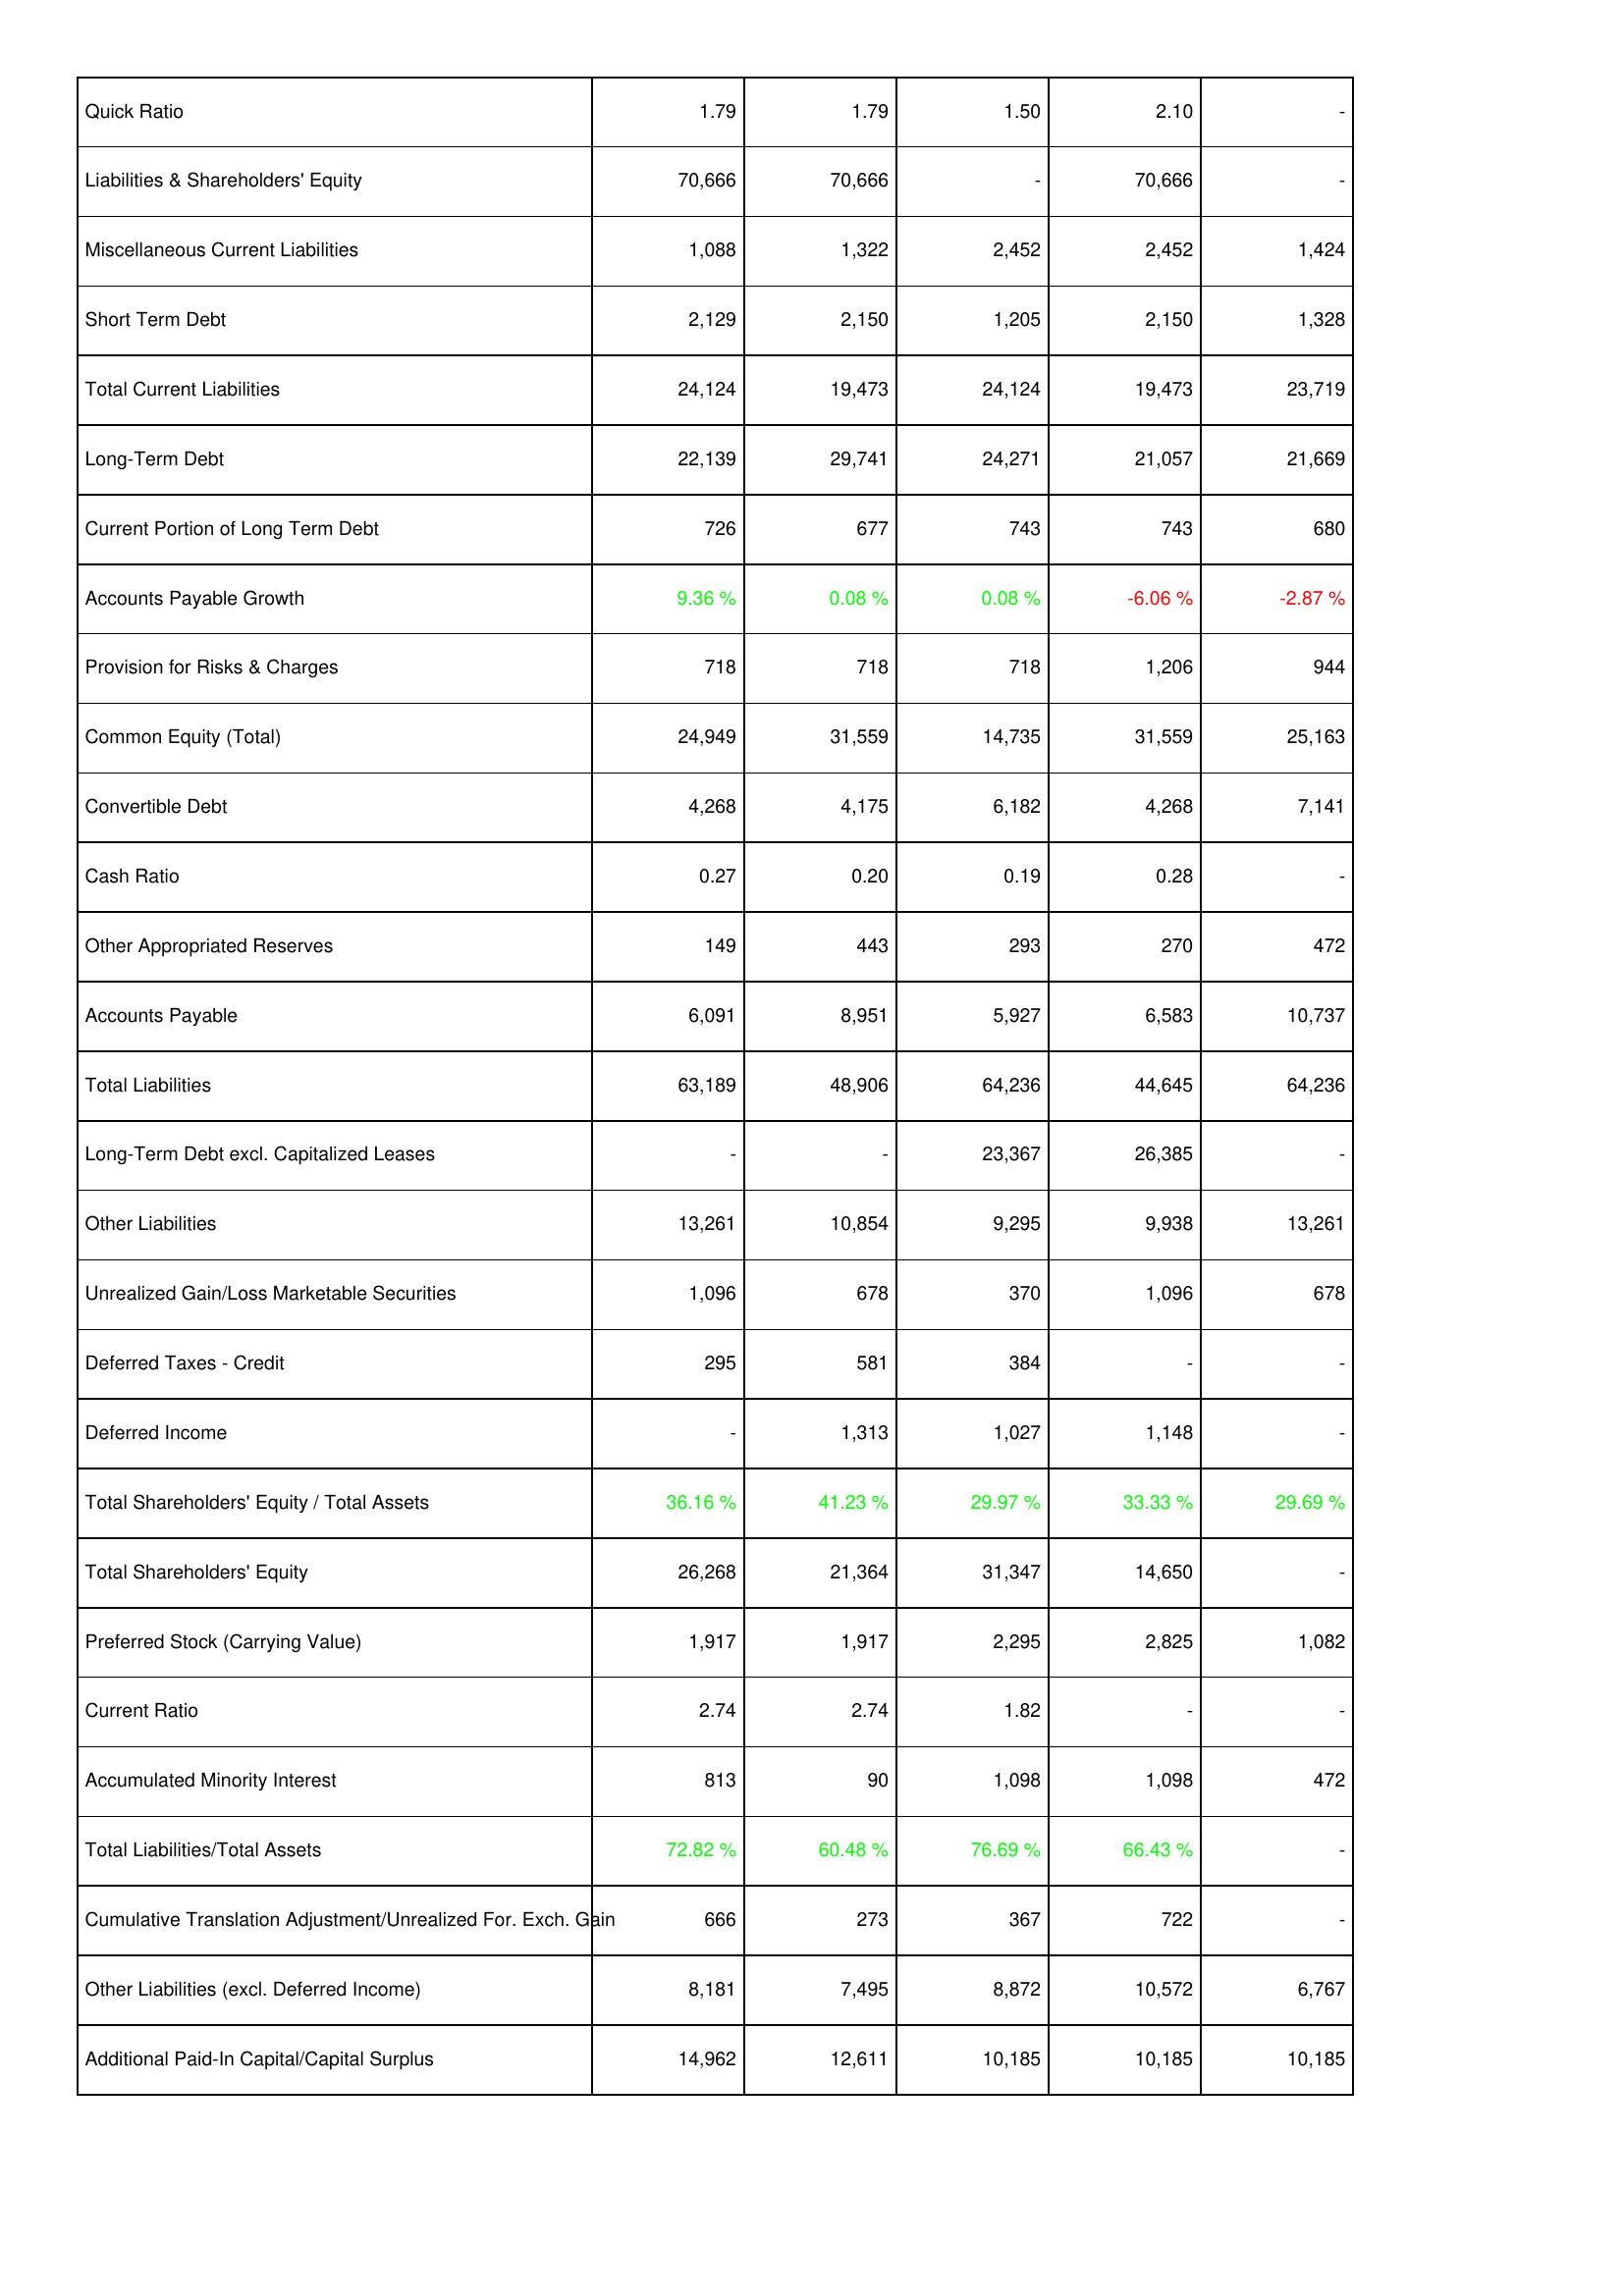
2010: Liabilities & Shareholders' Equity: Quick Ratio: 1.79
Liabilities & Shareholders' Equity: 70,666
Miscellaneous Current Liabilities: 1,088
Short Term Debt: 2,129
Total Current Liabilities: 24,124
Long-Term Debt: 22,139
Current Portion of Long Term Debt: 726
Accounts Payable Growth: 9.36 %
Provision for Risks & Charges: 718
Common Equity (Total): 24,949
Convertible Debt: 4,268
Cash Ratio: 0.27
Other Appropriated Reserves: 149
Accounts Payable: 6,091
Total Liabilities: 63,189
Long-Term Debt excl. Capitalized Leases: -
Other Liabilities: 13,261
Unrealized Gain/Loss Marketable Securities: 1,096
Deferred Taxes - Credit: 295
Deferred Income: -
Total Shareholders' Equity / Total Assets: 36.16 %
Total Shareholders' Equity: 26,268
Preferred Stock (Carrying Value): 1,917
Current Ratio: 2.74
Accumulated Minority Interest: 813
Total Liabilities/Total Assets: 72.82 %
Cumulative Translation Adjustment/Unrealized For. Exch. Gain: 666
Other Liabilities (excl. Deferred Income): 8,181
Additional Paid-In Capital/Capital Surplus: 14,962
2009: Liabilities & Shareholders' Equity: Quick Ratio: 1.79
Liabilities & Shareholders' Equity: 70,666
Miscellaneous Current Liabilities: 1,322
Short Term Debt: 2,150
Total Current Liabilities: 19,473
Long-Term Debt: 29,741
Current Portion of Long Term Debt: 677
Accounts Payable Growth: 0.08 %
Provision for Risks & Charges: 718
Common Equity (Total): 31,559
Convertible Debt: 4,175
Cash Ratio: 0.20
Other Appropriated Reserves: 443
Accounts Payable: 8,951
Total Liabilities: 48,906
Long-Term Debt excl. Capitalized Leases: -
Other Liabilities: 10,854
Unrealized Gain/Loss Marketable Securities: 678
Deferred Taxes - Credit: 581
Deferred Income: 1,313
Total Shareholders' Equity / Total Assets: 41.23 %
Total Shareholders' Equity: 21,364
Preferred Stock (Carrying Value): 1,917
Current Ratio: 2.74
Accumulated Minority Interest: 90
Total Liabilities/Total Assets: 60.48 %
Cumulative Translation Adjustment/Unrealized For. Exch. Gain: 273
Other Liabilities (excl. Deferred Income): 7,495
Additional Paid-In Capital/Capital Surplus: 12,611
2008: Liabilities & Shareholders' Equity: Quick Ratio: 1.50
Liabilities & Shareholders' Equity: -
Miscellaneous Current Liabilities: 2,452
Short Term Debt: 1,205
Total Current Liabilities: 24,124
Long-Term Debt: 24,271
Current Portion of Long Term Debt: 743
Accounts Payable Growth: 0.08 %
Provision for Risks & Charges: 718
Common Equity (Total): 14,735
Convertible Debt: 6,182
Cash Ratio: 0.19
Other Appropriated Reserves: 293
Accounts Payable: 5,927
Total Liabilities: 64,236
Long-Term Debt excl. Capitalized Leases: 23,367
Other Liabilities: 9,295
Unrealized Gain/Loss Marketable Securities: 370
Deferred Taxes - Credit: 384
Deferred Income: 1,027
Total Shareholders' Equity / Total Assets: 29.97 %
Total Shareholders' Equity: 31,347
Preferred Stock (Carrying Value): 2,295
Current Ratio: 1.82
Accumulated Minority Interest: 1,098
Total Liabilities/Total Assets: 76.69 %
Cumulative Translation Adjustment/Unrealized For. Exch. Gain: 367
Other Liabilities (excl. Deferred Income): 8,872
Additional Paid-In Capital/Capital Surplus: 10,185
2007: Liabilities & Shareholders' Equity: Quick Ratio: 2.10
Liabilities & Shareholders' Equity: 70,666
Miscellaneous Current Liabilities: 2,452
Short Term Debt: 2,150
Total Current Liabilities: 19,473
Long-Term Debt: 21,057
Current Portion of Long Term Debt: 743
Accounts Payable Growth: -6.06 %
Provision for Risks & Charges: 1,206
Common Equity (Total): 31,559
Convertible Debt: 4,268
Cash Ratio: 0.28
Other Appropriated Reserves: 270
Accounts Payable: 6,583
Total Liabilities: 44,645
Long-Term Debt excl. Capitalized Leases: 26,385
Other Liabilities: 9,938
Unrealized Gain/Loss Marketable Securities: 1,096
Deferred Taxes - Credit: -
Deferred Income: 1,148
Total Shareholders' Equity / Total Assets: 33.33 %
Total Shareholders' Equity: 14,650
Preferred Stock (Carrying Value): 2,825
Current Ratio: -
Accumulated Minority Interest: 1,098
Total Liabilities/Total Assets: 66.43 %
Cumulative Translation Adjustment/Unrealized For. Exch. Gain: 722
Other Liabilities (excl. Deferred Income): 10,572
Additional Paid-In Capital/Capital Surplus: 10,185
2006: Liabilities & Shareholders' Equity: Quick Ratio: -
Liabilities & Shareholders' Equity: -
Miscellaneous Current Liabilities: 1,424
Short Term Debt: 1,328
Total Current Liabilities: 23,719
Long-Term Debt: 21,669
Current Portion of Long Term Debt: 680
Accounts Payable Growth: -2.87 %
Provision for Risks & Charges: 944
Common Equity (Total): 25,163
Convertible Debt: 7,141
Cash Ratio: -
Other Appropriated Reserves: 472
Accounts Payable: 10,737
Total Liabilities: 64,236
Long-Term Debt excl. Capitalized Leases: -
Other Liabilities: 13,261
Unrealized Gain/Loss Marketable Securities: 678
Deferred Taxes - Credit: -
Deferred Income: -
Total Shareholders' Equity / Total Assets: 29.69 %
Total Shareholders' Equity: -
Preferred Stock (Carrying Value): 1,082
Current Ratio: -
Accumulated Minority Interest: 472
Total Liabilities/Total Assets: -
Cumulative Translation Adjustment/Unrealized For. Exch. Gain: -
Other Liabilities (excl. Deferred Income): 6,767
Additional Paid-In Capital/Capital Surplus: 10,185